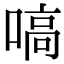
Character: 嗃